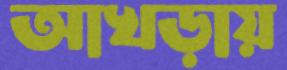
আখড়ায়